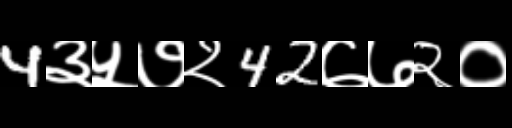
Text: 4३५७२42७७२०